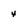
Character: 4